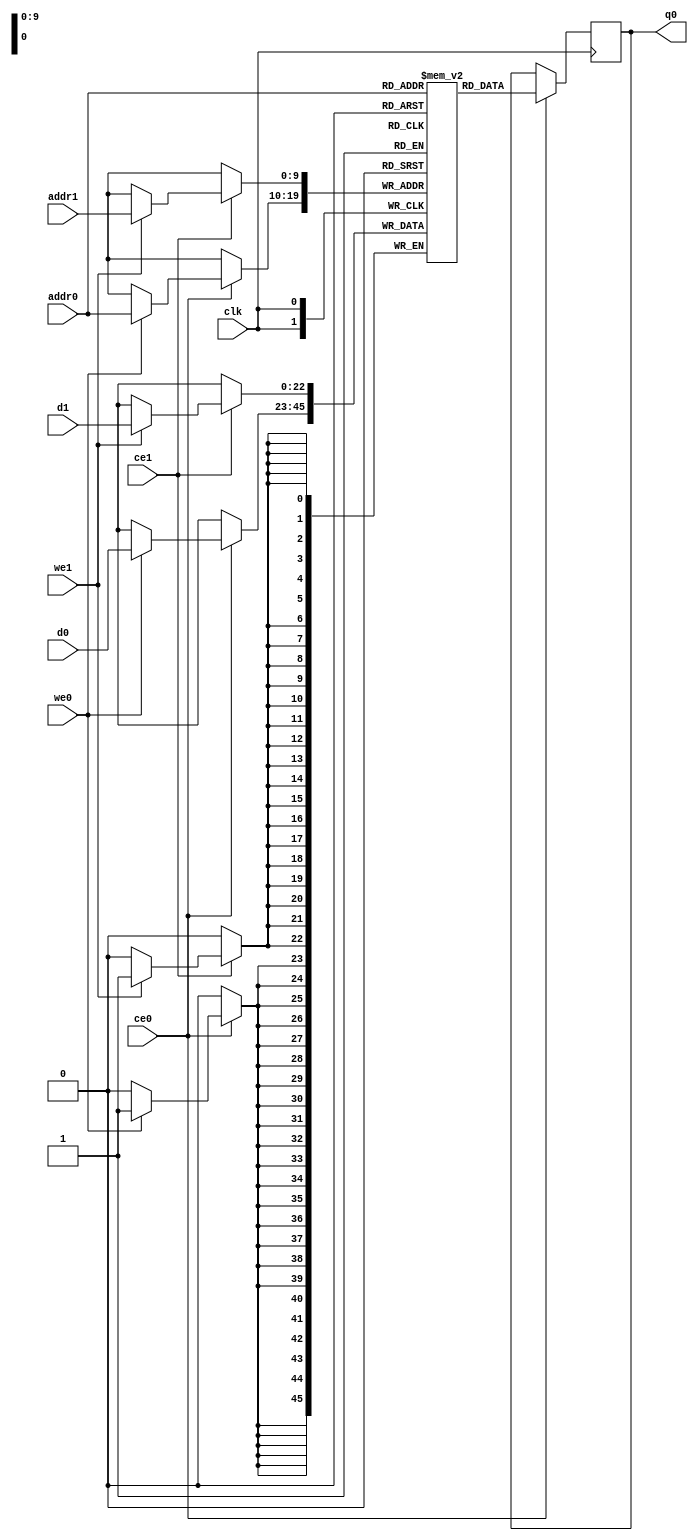
// ==============================================================
// Vitis HLS - High-Level Synthesis from C, C++ and OpenCL v2020.2 (64-bit)
// Copyright 1986-2020 Xilinx, Inc. All Rights Reserved.
// ==============================================================
`timescale 1 ns / 1 ps
module hls_xfft2real_twid_rom_conj_M_imag_V_memcore_ram (addr0, ce0, d0, we0, q0, addr1, ce1, d1, we1,  clk);

parameter DWIDTH = 23;
parameter AWIDTH = 10;
parameter MEM_SIZE = 1024;

input[AWIDTH-1:0] addr0;
input ce0;
input[DWIDTH-1:0] d0;
input we0;
output reg[DWIDTH-1:0] q0;
input[AWIDTH-1:0] addr1;
input ce1;
input[DWIDTH-1:0] d1;
input we1;
input clk;

reg [DWIDTH-1:0] ram[0:MEM_SIZE-1];




always @(posedge clk)  
begin 
    if (ce0) begin
        if (we0) 
            ram[addr0] <= d0; 
        q0 <= ram[addr0];
    end
end


always @(posedge clk)  
begin 
    if (ce1) begin
        if (we1) 
            ram[addr1] <= d1; 
    end
end


endmodule

`timescale 1 ns / 1 ps
module hls_xfft2real_twid_rom_conj_M_imag_V_memcore(
    reset,
    clk,
    address0,
    ce0,
    we0,
    d0,
    q0,
    address1,
    ce1,
    we1,
    d1);

parameter DataWidth = 32'd23;
parameter AddressRange = 32'd1024;
parameter AddressWidth = 32'd10;
input reset;
input clk;
input[AddressWidth - 1:0] address0;
input ce0;
input we0;
input[DataWidth - 1:0] d0;
output[DataWidth - 1:0] q0;
input[AddressWidth - 1:0] address1;
input ce1;
input we1;
input[DataWidth - 1:0] d1;



hls_xfft2real_twid_rom_conj_M_imag_V_memcore_ram hls_xfft2real_twid_rom_conj_M_imag_V_memcore_ram_U(
    .clk( clk ),
    .addr0( address0 ),
    .ce0( ce0 ),
    .we0( we0 ),
    .d0( d0 ),
    .q0( q0 ),
    .addr1( address1 ),
    .ce1( ce1 ),
    .we1( we1 ),
    .d1( d1 ));

endmodule